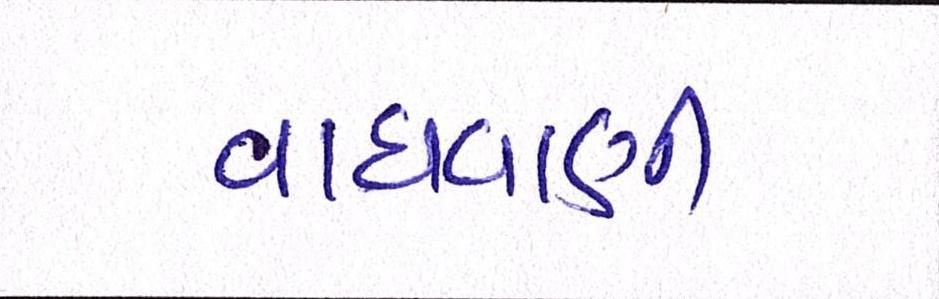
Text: વાધવાણી